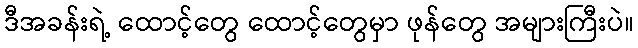
ဒီအခန်းရဲ့ ထောင့်တွေ ထောင့်တွေမှာ ဖုန်တွေ အများကြီးပဲ။